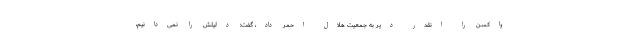
واکسن را انقدر دیر به جمعیت هلال احمر داد، گفت: دلیلش را نمی‌دانیم،